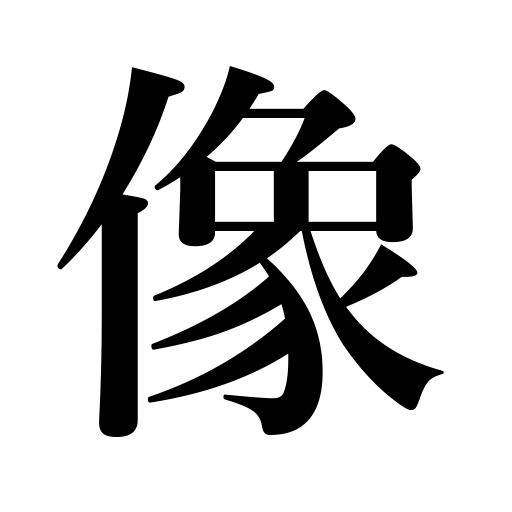
Meanings: picture,statue,image,figure,portrait